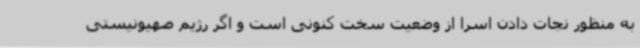
به منظور نجات دادن اسرا از وضعیت سخت کنونی است و اگر رژیم صهیونیستی